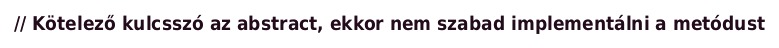
// Kötelező kulcsszó az abstract, ekkor nem szabad implementálni a metódust